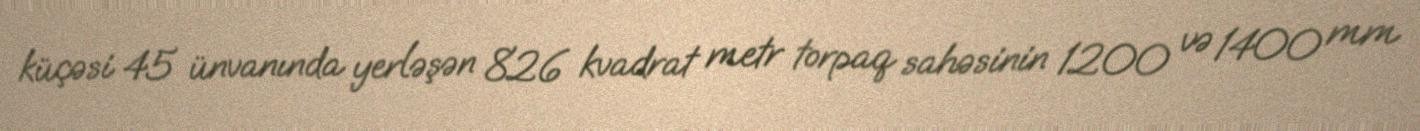
küçəsi 45 ünvanında yerləşən 826 kvadrat metr torpaq sahəsinin 1200 və 1400 mm